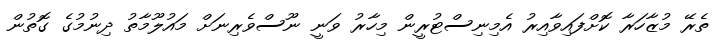
ތެރޭ މުޒާހަރާ ކޮށްފައިވާއިރު އެމިނިސްޓުރީން މިހާރު ވަނީ ނޫސްވެރިނަށް މައުލޫމާތު ދިނުމުގެ ގޮތުން